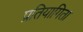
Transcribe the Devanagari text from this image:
प्रतियागिता